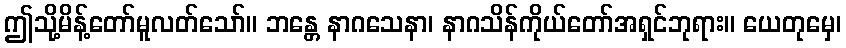
ဤသို့မိန့်တော်မူလတ်သော်။ ဘန္တေ နာဂသေနာ၊ နာဂသိန်ကိုယ်တော်အရှင်ဘုရား။ ယေတုမှေ၊